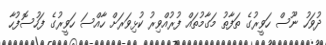
ދުވަހު ނޫސް ހަވީރުގެ ތަފާތު މަގާމުތައް ފުރުއްވިރު ކުޅިވަރަށް ހާއްސަ ހަވީރުގެ ފަހުސޮފުހާ